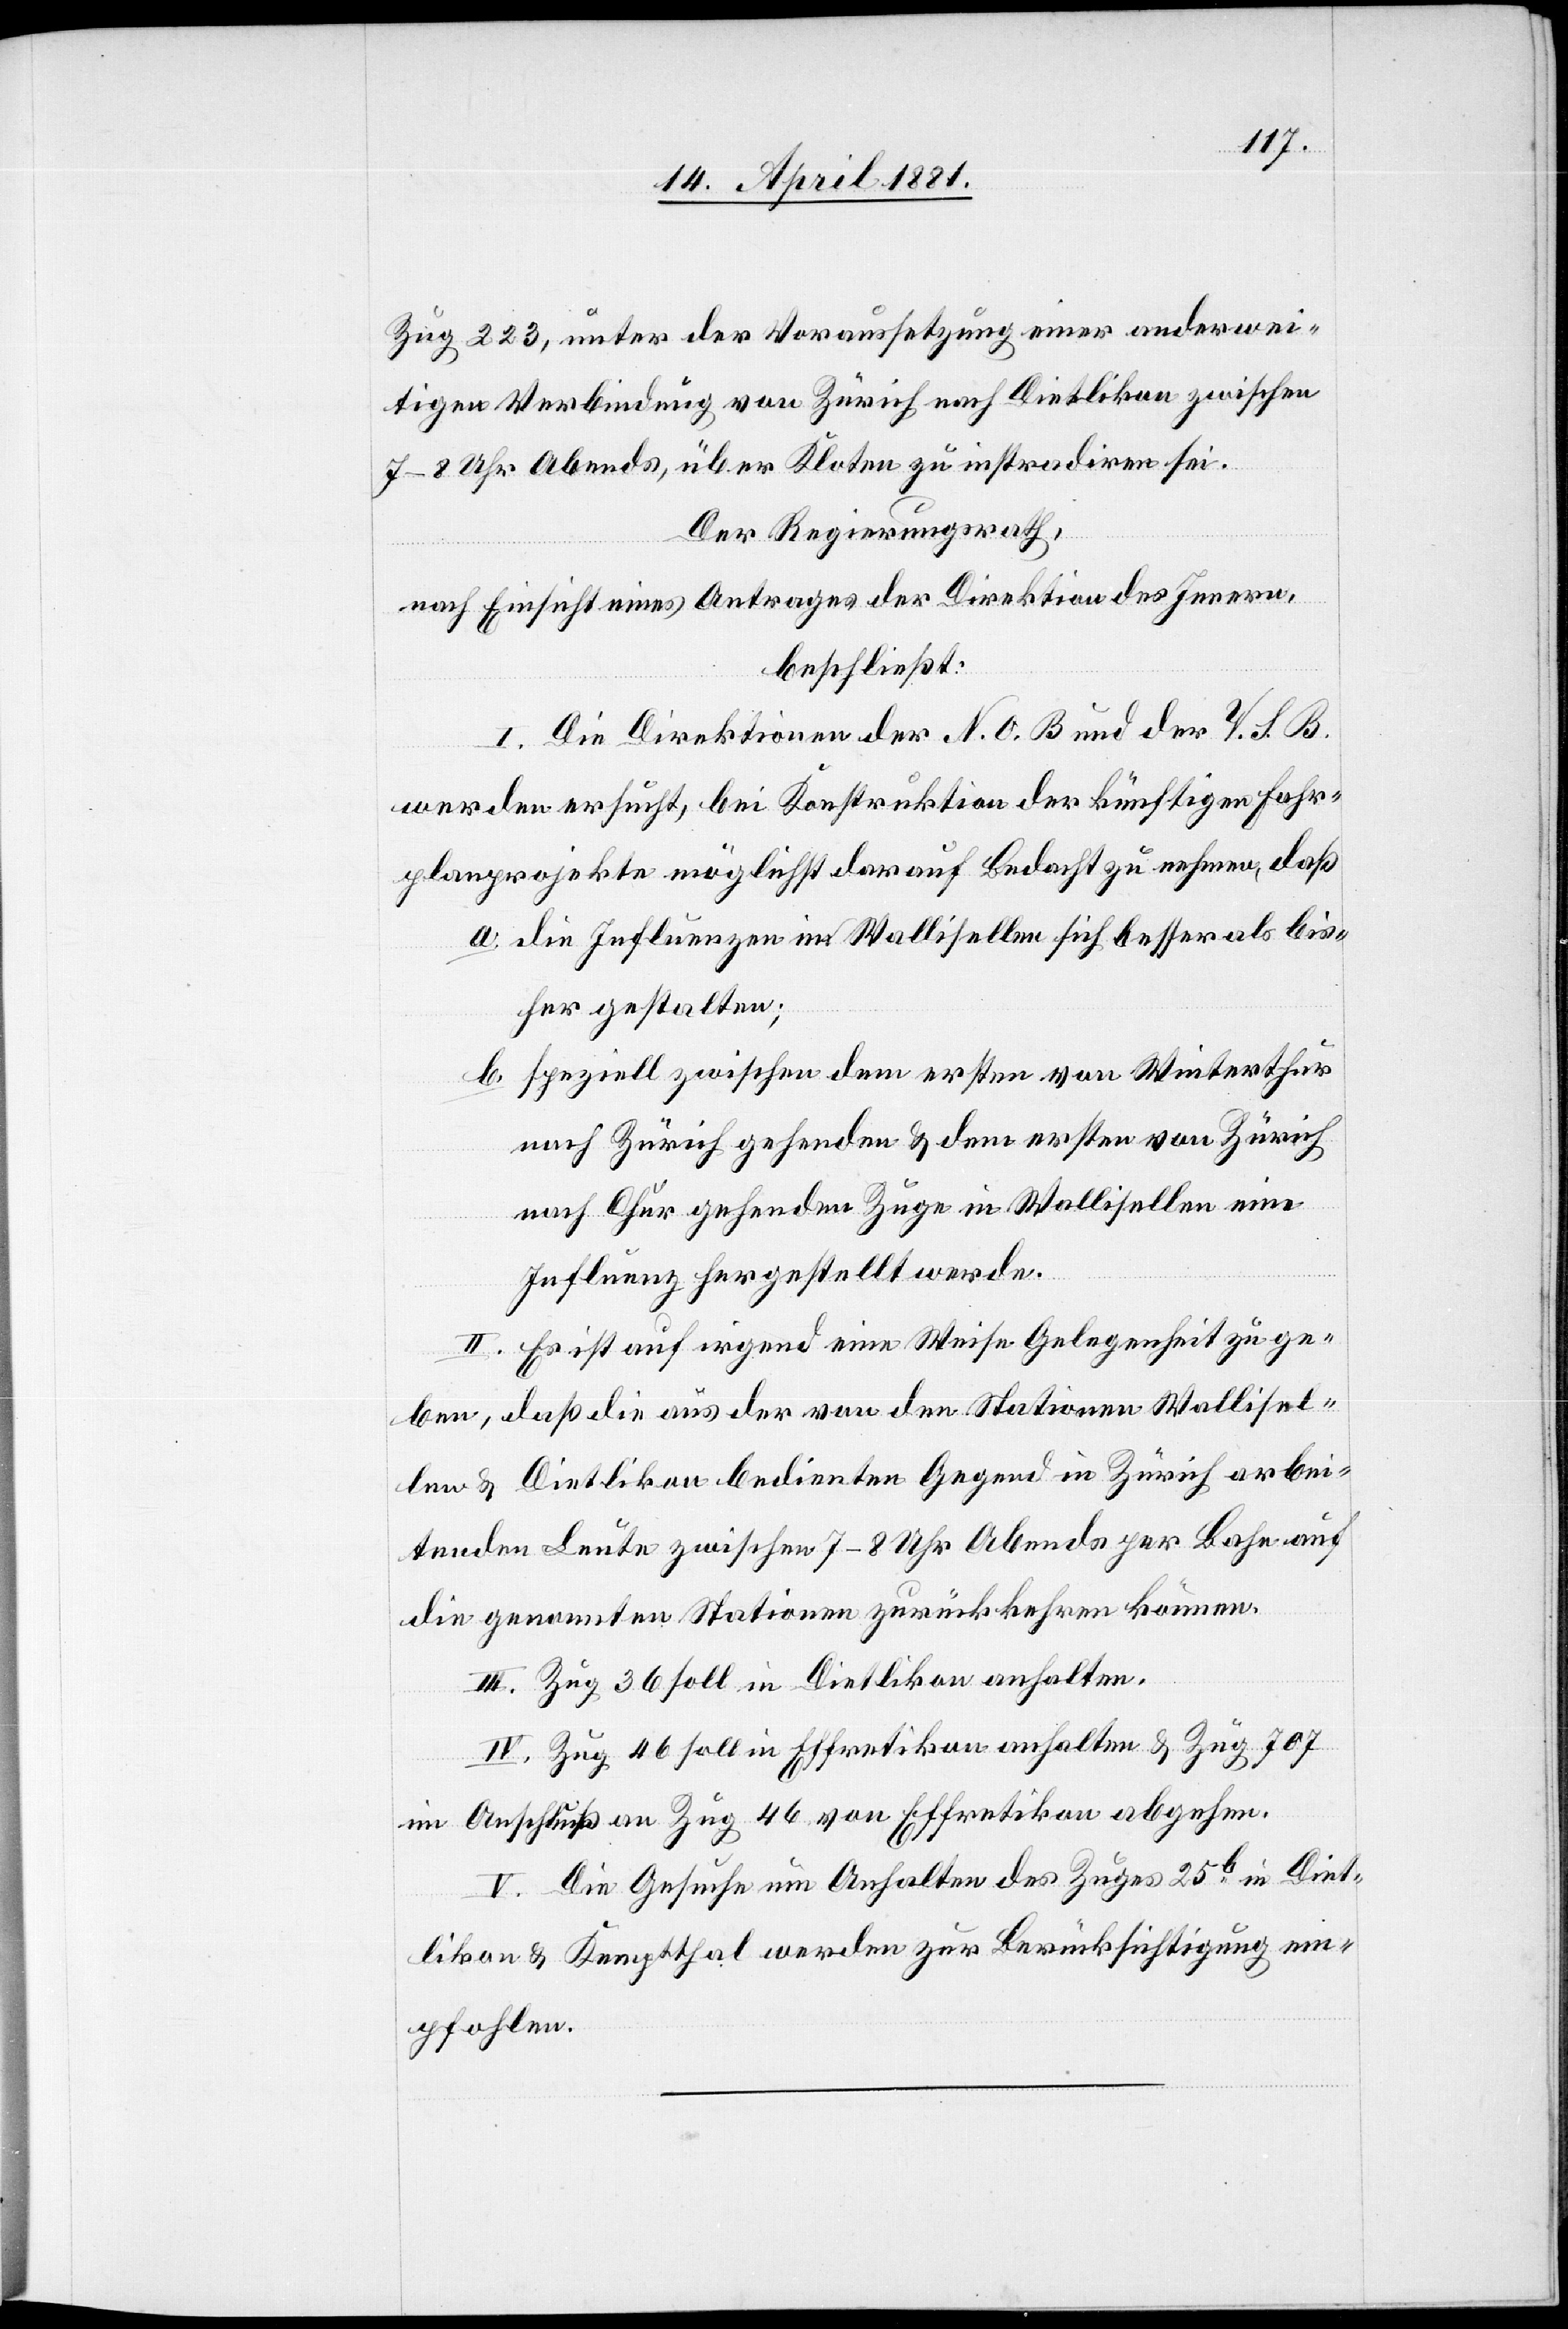
Zug 223, unter der Voraussetzung einer anderwei¬
tigen Verbindung von Zürich nach Dietlikon zwischen
7–8 Uhr Abends, über Kloten zu instradiren sei.
Der Regierungsrath,
nach Einsicht eines Antrages der Direktion des Innern,
beschließt:
I. Die Direktion der N. O. B. und der V. S. B.
werden ersucht, bei Konstruktion der künftigen Fahr¬
planprojekte möglichst darauf bedacht zu nehmen, daß
a. die Influenzen in Wallisellen sich besser als bis¬
her gestalten;
b. speziell zwischen dem ersten von Winterthur
nach Zürich gehenden & dem ersten von Zürich
nach Chur gehenden Zuge in Wallisellen eine
Influenz hergestellt werde.
II. Es ist auf irgend eine Weise Gelegenheit zu ge¬
ben, daß die aus der von den Stationen Wallisel¬
len & Dietlikon bedienten Gegend in Zürich arbei¬
tenden Leute zwischen 7–8 Uhr Abends per Bahn auf
die genannten Stationen zurückkehren können.
III. Zug 36 soll in Dietlikon anhalten.
IV. Zug 46 soll in Effretikon & Zug 707 i¬
m Anschluß an Zug 46 von Effretikon abgehen.
V. Die Gesuche um Anhalten des Zuges 25b in Diet¬
likon & Kemptthal werden zur Berücksichtigung em¬
pfohlen.